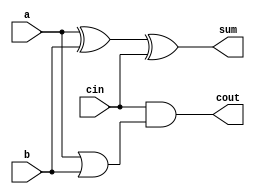
module full_adder8(a,b,cin,sum,cout);
input a,b,cin;
output sum,cout;
assign sum = a^b^cin;
assign cout = a&1'b0|cin&(a|b); 
// initial begin
//     $display("The incorrect adder with and0 having in2/0");
// end   
endmodule